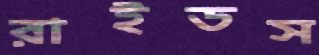
রাইডস